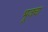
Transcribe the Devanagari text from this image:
भूजचा